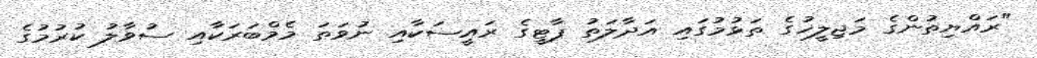
"ރައްޔިތުންގެ މަޖިލީހުގެ ތަޅުމުގައި އަދާލަތު ޕާޓީގެ ރައީސަކާއި ނުވަތަ މެމްބަރަކާއި ސުވާލު ކުރުމުގެ